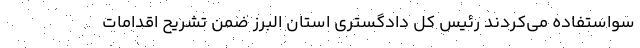
سواستفاده می‌کردند رئیس کل دادگستری استان البرز ضمن تشریح اقدامات